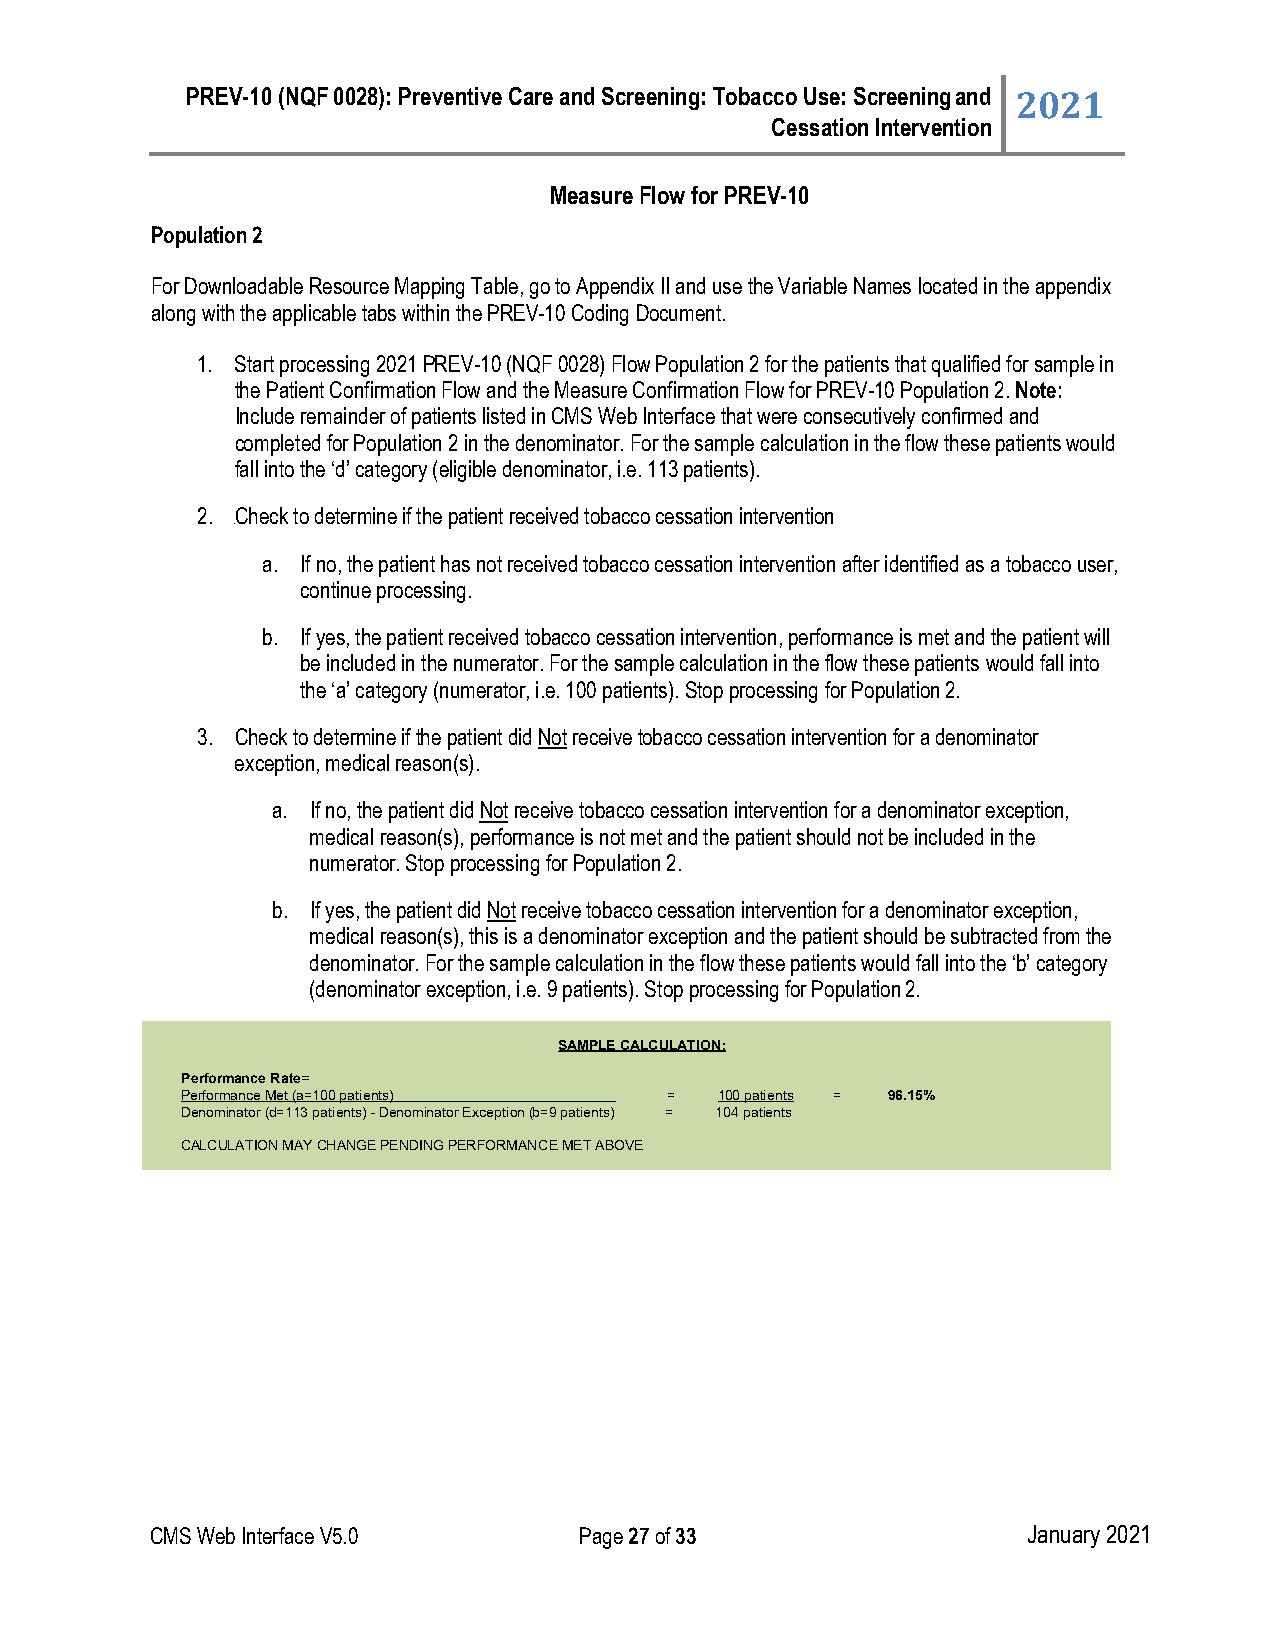
PREV-10 (NQF 0028): Preventive Care and Screening: Tobacco Use: Screening and 2021
 Cessation Intervention
 Measure Flow for PREV-10
 Population 2
 For Downloadable Resource Mapping Table, go to Appendix II and use the Variable Names located in the appendix
 along with the applicable tabs within the PREV-10 Coding Document.
 1. Start processing 2021 PREV-10 (NQF 0028) Flow Population 2 for the patients that qualified for sample in
 the Patient Confirmation Flow and the Measure Confirmation Flow for PREV-10 Population 2. Note:
 Include remainder of patients listed in CMS Web Interface that were consecutively confirmed and
 completed for Population 2 in the denominator. For the sample calculation in the flow these patients would
 fall into the ‘d’ category (eligible denominator, i.e. 113 patients).
 2. Check to determine if the patient received tobacco cessation intervention
 9
 a. If no, the patient has not received tobacco cessation intervention after identified as a tobacco user,
 continue processing.
 b. If yes, the patient received tobacco cessation intervention, performance is met and the patient will
 be included in the numerator. For the sample calculation in the flow these patients would fall into
 the ‘a’ category (numerator, i.e. 100 patients). Stop processing for Population 2.
 3. Check to determine if the patient did Notreceive tobacco cessation intervention for a denominator
 exception, medical reason(s).
 a. If no, the patient did Notreceive tobacco cessation intervention for a denominator exception,
 medical reason(s), performance is not met and the patient should not be included in the
 numerator. Stop processing for Population 2.
 b. If yes, the patient did Notreceive tobacco cessation intervention for a denominator exception,
 medical reason(s), this is a denominator exception and the patient should be subtracted from the
 denominator. For the sample calculation in the flow these patients would fall into the ‘b’ category
 (denominator exception, i.e. 9 patients). Stop processing for Population 2.
 SAMPLE CALCULATION:
 Performance Rate=
 Performance Met (a=100 patients) =  100 patients = 96.15%
 Denominator (d=113 patients) - Denominator Exception (b=9 patients) = 104 patients
 CALCULATION MAY CHANGE PENDING PERFORMANCE MET ABOVE
 CMS Web Interface V5.0      Page 27 of 33                 January 2021